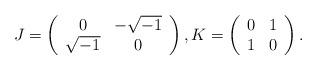
LaTeX: \begin{align*}J=\left(\begin{array}{cc}0 & -\sqrt{-1} \\\sqrt{-1} & 0\end{array}\right),K=\left(\begin{array}{cc}0 & 1 \\1 & 0\end{array}\right).\end{align*}